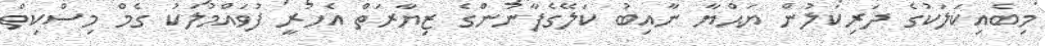
މިބެއިކަލަކުގެ ދަރިކަލުން ޔަޙްޔާ ނާއިބު ކަލޭގެފާނުންގެ ޒިޔާރަތް އެހުރީ ފުވައްމުލަކު ގެމް މިސްކިތް